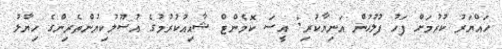
ހައްޔަރު ކުރުމަށް ފަހު ފުލުހުން އަނިޔާކުރި: އީސަ ކޮމެންޓް ޝާއިއުކުރުމުގެ އުސޫލުކިޔުންތެރިންގެ ހިޔާލު